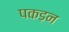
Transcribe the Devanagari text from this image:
पकड़न